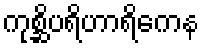
ကုစ္ဆိပရိဟာရိကေန